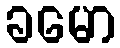
ခမော